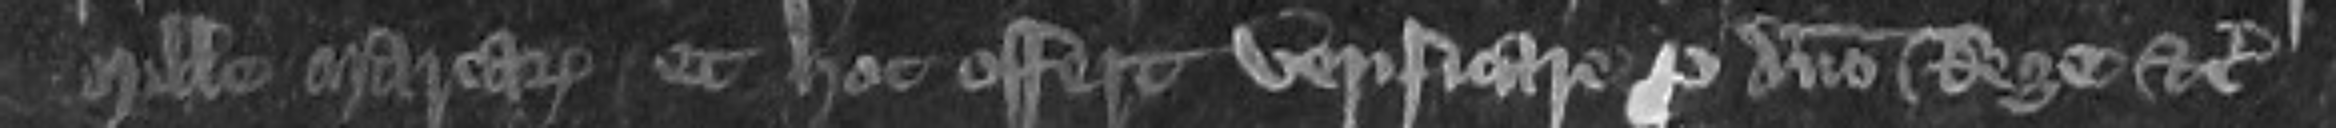
mille marcarum et hoc offert verificare pro domino Rege etc